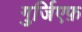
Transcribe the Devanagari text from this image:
गुर्जि़एफ़